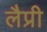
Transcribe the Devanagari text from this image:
लैप्री